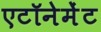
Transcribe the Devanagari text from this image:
एटॉनेमेंट